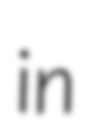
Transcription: in